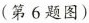
(第6题图)